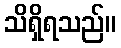
သိရှိရသည်။